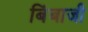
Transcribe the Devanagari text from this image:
बिंबाजी